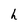
Character: h